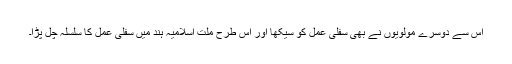
اس سے دوسرے مولویوں نے بھی سفلی عمل کو سیکھا اور اس طرح ملت اسلامیہ ہند میں سفلی عمل کا سلسلہ چل پڑا۔